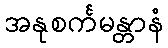
အနုစင်္ကမန္တာနံ